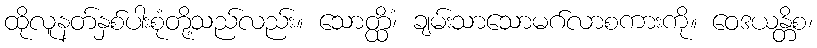
ထိုလူနတ်နှစ်ပါးစုံတို့သည်လည်း။ သောတ္ထိံ၊ ချမ်းသာသောမဂ်လာစကားကို။ ဝေဒယန္တိစ၊